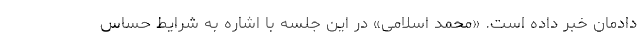
دادمان خبر داده است. «محمد اسلامی» در این جلسه با اشاره به شرایط حساس